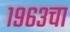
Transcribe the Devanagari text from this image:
१९६३चा